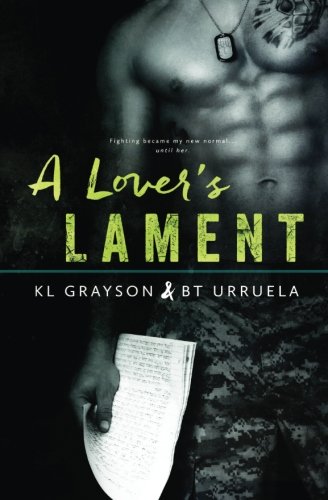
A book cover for A Lover's Lament; K.L. Grayson; Romance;